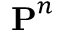
\boldsymbol { \mathbf { P } } ^ { n }